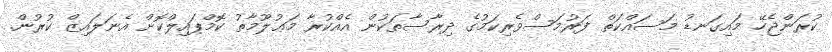
ކުރަންޖެހޭ މައިގަނޑު މަސައްކަތް ފަރުމަސްވެރިކަމުގެ ދިރާސާތަކުން އެއްކުރާ މަޢުލޫމާތު ކޮމްޕައިލްކޮށް އެނަލައިޒް ކުރުން.